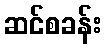
ဆင်စခန်း